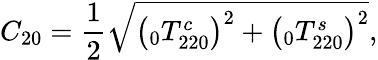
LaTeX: C_{20}=\frac{1}{2}\sqrt{\left(\phantom{}_{0}T_{220}^{c}\right)^{2}+\left(\phantom{}_{0}T_{220}^{s}\right)^{2}},